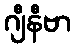
ဂျီနီဗာ